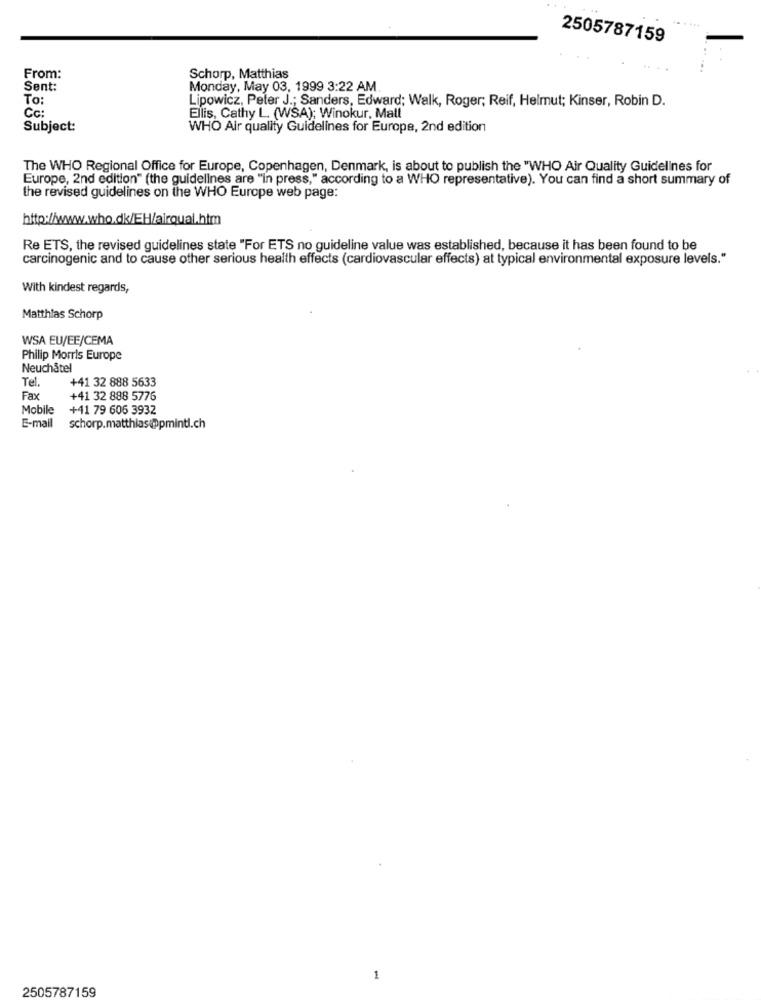
2505787159
From:
Schorp, Matthias
Sent:
Monday, May 03, 1999 3:22 AM
To:
Lipowicz, Peter J .; Sanders, Edward; Walk, Roger; Reif, Helmut; Kinser, Robin D.
Cc:
Ellis, Cathy L. (WSA); Winokur, Mall
Subject:
WHO Air quality Guidelines for Europe, 2nd edition
The WHO Regional Office for Europe, Copenhagen, Denmark, is about to publish the "WHO Air Quality Guidelines for
Europe, 2nd edition" (the guidelines are "in press," according to a WHO representative). You can find a short summary of
the revised guidelines on the WHO Europe web page:
http://www.who.dk/EH/airqual.htm
Re ETS, the revised guidelines state "For ETS no guideline value was established, because it has been found to be
carcinogenic and to cause other serious health effects (cardiovascular effects) at typical environmental exposure levels."
With kindest regards,
Matthias Schorp
WSA EU/EE/CEMA
Philip Morris Europe
Neuchatel
Tel.
+41 32 888 5633
Fax
+41 32 888 5776
Mobile
+41 79 606 3932
E-mail
schorp.matthias@pmintl.ch
1
2505787159